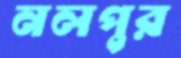
নলপুর